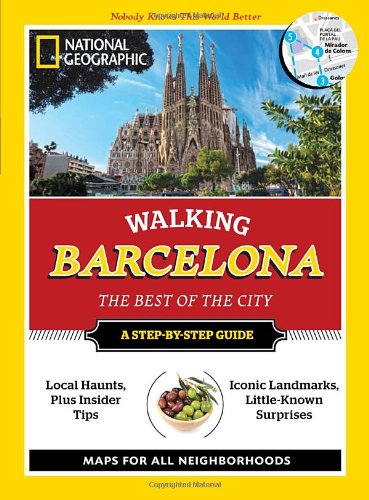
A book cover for National Geographic Walking Barcelona: The Best of the City (National Geographic Walking the Best of the City); National Geographic; Travel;